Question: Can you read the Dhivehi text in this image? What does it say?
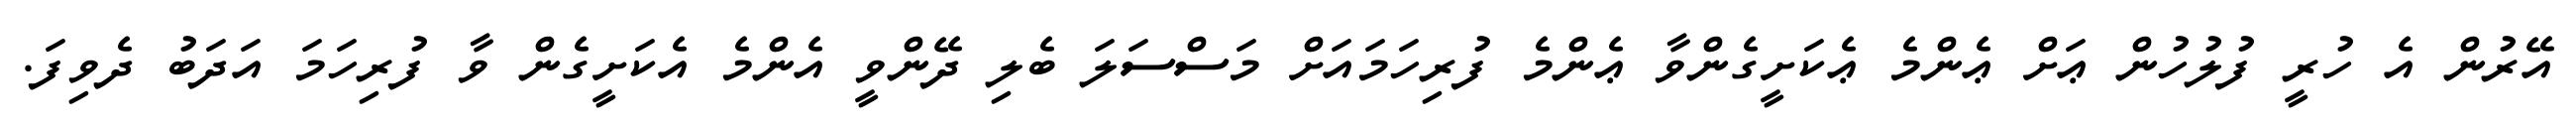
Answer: އޭރުން އެ ހުރީ ފުލުހުން ޢަށް ޢެންމެ ޢެކަށީގެންވާ ޢެންމެ ފުރިހަމައަށް މަސްސަލަ ބެލި ދޭންވީ އެންމެ އެކަށީގެން ވާ ފުރިހަމަ އަދަބު ދެވިފަ.